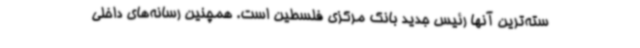
سته‌ترین آنها رئیس جدید بانک مرکزی فلسطین است. همچنین رسانه‌های داخلی